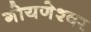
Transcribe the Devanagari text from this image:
गोयणेश्वर